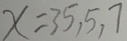
x = 3 5 , 5 , 7